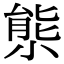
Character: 𡮙